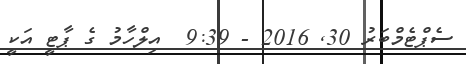
ސެޕްޓެމްބަރު 30